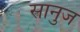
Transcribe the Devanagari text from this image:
सानुज